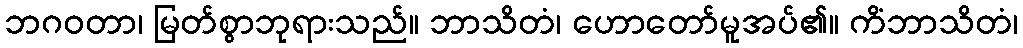
ဘဂဝတာ၊ မြတ်စွာဘုရားသည်။ ဘာသိတံ၊ ဟောတော်မူအပ်၏။ ကိံဘာသိတံ၊